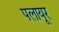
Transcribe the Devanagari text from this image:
पलायूर